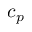
c _ { p }